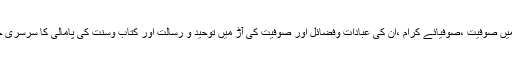
اس کتاب میں صوفیت ،صوفیائے کرام ،ان کی عبادات وفضائل اور صوفیت کی آڑ میں توحید و رسالت اور کتاب وسنت کی پامالی کا سرسری جائزہ ہے ۔